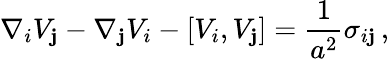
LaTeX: \nabla_{i}V_{\mathbf{j}}-\nabla_{\mathbf{j}}V_{i}-[V_{i},V_{\mathbf{j}}]=\frac{{1}}{{a^{2}}}\sigma_{i\mathbf{j}}\, ,